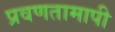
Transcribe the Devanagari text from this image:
प्रवणतामापी